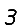
Digit: 3